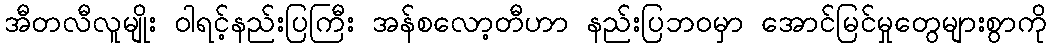
အီတလီလူမျိုး ဝါရင့်နည်းပြကြီး အန်စလော့တီဟာ နည်းပြဘဝမှာ အောင်မြင်မှုတွေများစွာကို